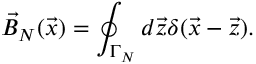
\vec { B } _ { N } ( \vec { x } ) = \oint _ { \Gamma _ { N } } d \vec { z } \delta ( \vec { x } - \vec { z } ) .